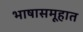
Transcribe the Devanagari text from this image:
भाषासमूहात